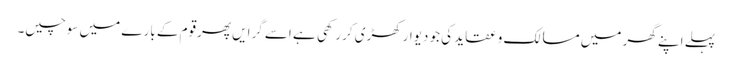
پہلے اپنے گھر میں مسالک و عقاید کی جو دیوارکھڑی کررکھی ہے اسے گرایں پھرقوم کے بارے میں سوچیں۔